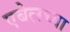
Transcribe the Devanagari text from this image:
एबेलच्या